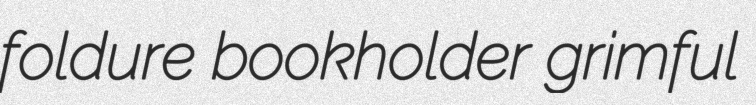
foldure bookholder grimful